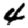
Digit: 4